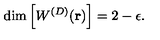
\mathrm { d i m } \left[ W ^ { ( { D } ) } ( { \bf r } ) \right] = 2 - \epsilon .